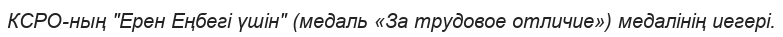
КСРО-ның "Ерен Еңбегі үшін" (медаль «За трудовое отличие») медалінің иегері.